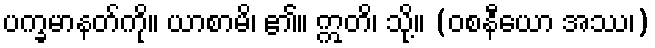
ပက္ခမာနတ်ကို။ ယာစာမိ၊ ၏။ ဣတိ၊ သို့။ (ဝစနီယော အဿ၊)